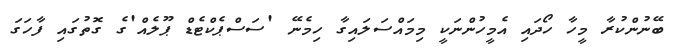
ބޭނުންކުރާ މީހާ ހޯދައި އެމީހުންނަކީ މިމައްސަލައިގާ ހިމެނޭ 'ސަސްޕެކްޓެޑް ޕޫލެއް'ގެ ގޮތުގައި ފާހަގަ